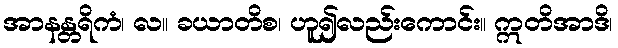
အာနန္တရိကံ၊ လ။ ခယာတိစ၊ ဟူ၍လည်းကောင်း။ ဣတိအာဒိ၊